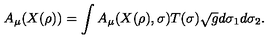
A _ { \mu } ( X ( \rho ) ) = \int A _ { \mu } ( X ( \rho ) , \sigma ) T ( \sigma ) \sqrt { g } d \sigma _ { 1 } d \sigma _ { 2 } .